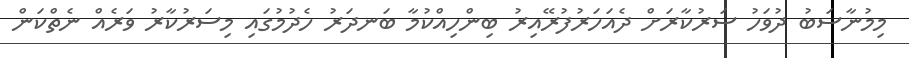
މިމުނާސަބު ދުވަހު ސަރުކާރަށް ދެއަހަރުފުރޭއިރު ބިންހިއްކުމާ ބަނދަރު ހެދުމުގައި މިސަރުކާރު ވަރެއް ނެތްކަން